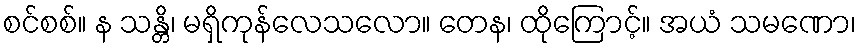
စင်စစ်။ န သန္တိ၊ မရှိကုန်လေသလော။ တေန၊ ထိုကြောင့်။ အယံ သမဏော၊